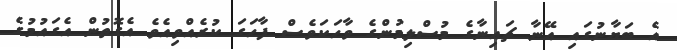
އެ ބަޔާނުގައި އޭނާ ޗައިނާގެ މުސްލިމުންގެ ވާހަކަވެސް ފާހަގަ ކުރެއްވިއެވެ އެގޮތުން އެގައުމުގެ